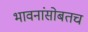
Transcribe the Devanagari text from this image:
भावनांसोबतच